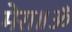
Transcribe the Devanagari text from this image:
मेरा॥ॐ